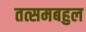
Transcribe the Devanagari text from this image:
तत्समबहुल